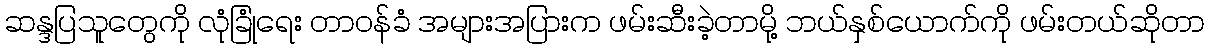
ဆန္ဒပြသူတွေကို လုံခြုံရေး တာဝန်ခံ အများအပြားက ဖမ်းဆီးခဲ့တာမို့ ဘယ်နှစ်ယောက်ကို ဖမ်းတယ်ဆိုတာ